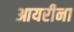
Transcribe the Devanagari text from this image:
आयरीना